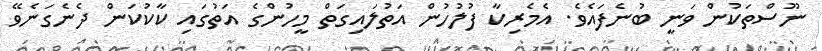
ނޫސްތަކުން ވަނީ ބުނެފައެވެ. އެމެރިކާ ފުލުހުން އަތުލައިގަތް މީހުންގެ އަތުގައި ކާކުކަން ދެނެގަނެވޭ